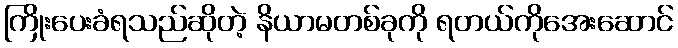
ကြိုးပေးခံရသည်ဆိုတဲ့ နိယာမတစ်ခုကို ရတယ်ကိုအေးဆောင်